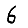
Digit: 6